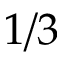
1 / 3